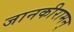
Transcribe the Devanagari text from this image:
जानकीरामन्